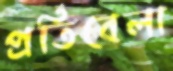
প্রতিবেলা